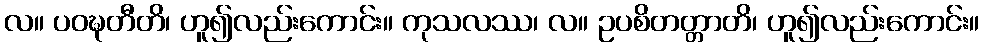
လ။ ပဝဍ္ဎတီတိ၊ ဟူ၍လည်းကောင်း။ ကုသလဿ၊ လ။ ဥပစိတတ္တာတိ၊ ဟူ၍လည်းကောင်း။